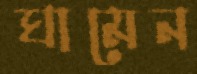
ঘামেন